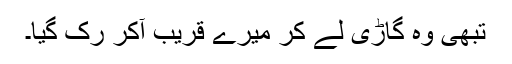
تبھی وہ گاڑی لے کر میرے قریب آکر رک گیا۔